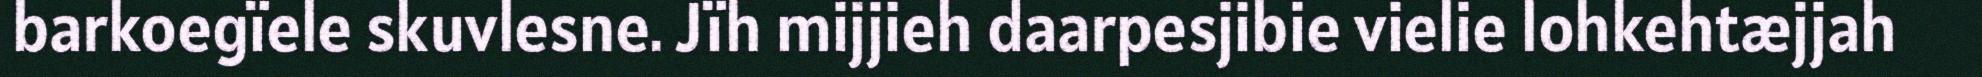
barkoegïele skuvlesne. Jïh mijjieh daarpesjibie vielie lohkehtæjjah